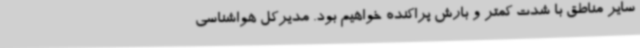
سایر مناطق با شدت کمتر و بارش پراکنده خواهیم بود. مدیرکل هواشناسی